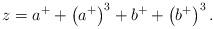
LaTeX: \begin{align*}z=a^{+}+\left( a^{+}\right) ^{3}+b^{+}+\left( b^{+}\right) ^{3}.\end{align*}